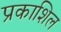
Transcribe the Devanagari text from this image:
प्रकाशिल